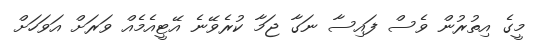
މީގެ އިތުރުން ވެސް ފައިސާ ނަގާ ޖަމާ ކުރެވޭނެ އޭޓީއެމެއް ވަރަށް އަވަހަށް